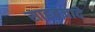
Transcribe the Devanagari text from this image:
साहबज़ादे